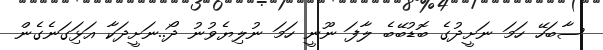
ސާބަހޭ ހަމަ ނަށީދުގެ ބޮޑުބޭބެ ލާފަ ނޫނީ ހަމަ ނުލިޔެވުނު ދޯ..ނަށީދަކާ އަޅަިގަނެގެން